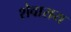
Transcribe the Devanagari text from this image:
शेवाराय